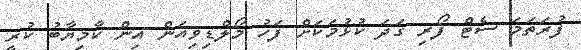
ފުރަތަމަ ސެޓް ފޯރި ގަދަ ކުޅުމަކަށް ފަހު މޯލްޑިވިއަން އިން ކާމިޔާބު ކުރީ